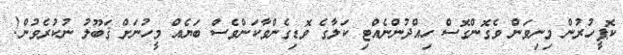
ކޮޕީހުރުން މިނިވަން ވެގޮންގޮސް ހިއްދުންނެއްޓި ކަލާގެ ވޮޑިގެންވާކަންވެސް ބަޔެއް މީހުނަށް ޤަބޫލު ނުކުރެވުން!